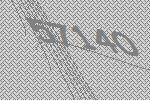
57140